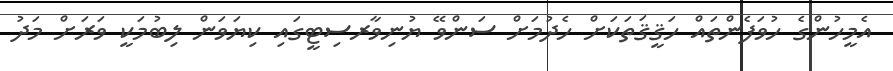
އެމީހުންގެ ހުވަފެންތައް ހަޤީޤަތަކަށް ހެދުމަށް ސަންވޭ ޔުނިވާރސިޓީގައި ކިޔަވަން ލިބުމަކީ ވަރަށް މަދު